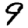
Digit: 9